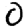
Digit: 0